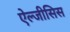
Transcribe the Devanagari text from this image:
ऐल्जीसिस